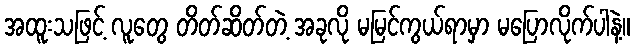
အထူးသဖြင့် လူတွေ တိတ်ဆိတ်တဲ့ အခုလို မမြင်ကွယ်ရာမှာ မပြောလိုက်ပါနဲ့။